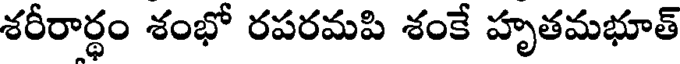
శరీరార్థం శంభో రపరమపి శంకే హృతమభూత్